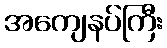
အကျေနပ်ကြီး